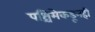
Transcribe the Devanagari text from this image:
पश्चिमेकडूनही